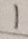
1